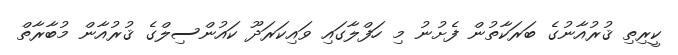
ކީރިތި ޤުރުއާނުގެ ބަރަކާތުން ފެށުނު މި ހަފްލާގައި ވައިކަރަދޫ ކައުންސިލްގެ ޤުރުއާން މުބާރާތް